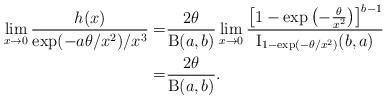
LaTeX: \begin{align*}\lim_{x\to0}\frac{h(x)}{ \exp(-a\theta/x^2) / x^3}=&\frac{2\theta}{\operatorname{B}(a,b)}\lim_{x\to0}\frac{\left[ 1-\exp\left(-\frac{\theta}{x^2}\right) \right]^{b-1}}{\operatorname{I}_{1-\exp(-\theta/x^2)}(b,a)}\\=&\frac{2\theta}{\operatorname{B}(a,b)}.\end{align*}